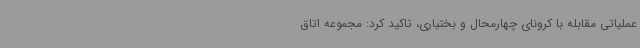
عملیاتی مقابله با کرونای چهارمحال و بختیاری، تاکید کرد: مجموعه اتاق